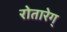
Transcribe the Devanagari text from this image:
रोतारेग्